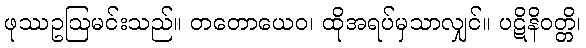
ဖုဿဥဩမင်းသည်။ တတောယေဝ၊ ထိုအရပ်မှသာလျှင်။ ပဋိနိဝတ္တိ၊